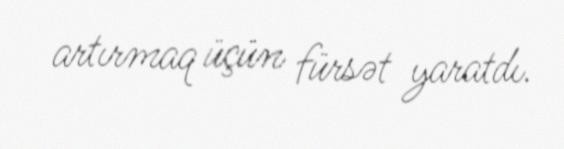
artırmaq üçün fürsət yaratdı.